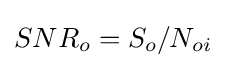
SNR_{o}=S_{o}/N_{oi}